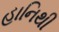
હાનિથી